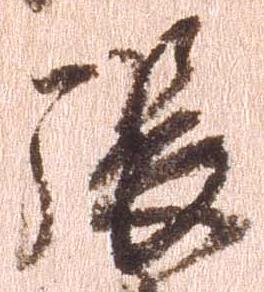
張